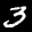
Label: 3